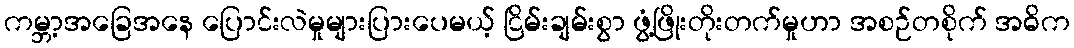
ကမ္ဘာ့အခြေအနေ ပြောင်းလဲမှုများပြားပေမယ့် ငြိမ်းချမ်းစွာ ဖွံ့ဖြိုးတိုးတက်မှုဟာ အစဉ်တစိုက် အဓိက